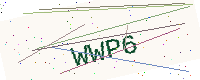
Text: WWP6